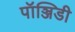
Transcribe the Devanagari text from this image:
पॉञ्जिडी